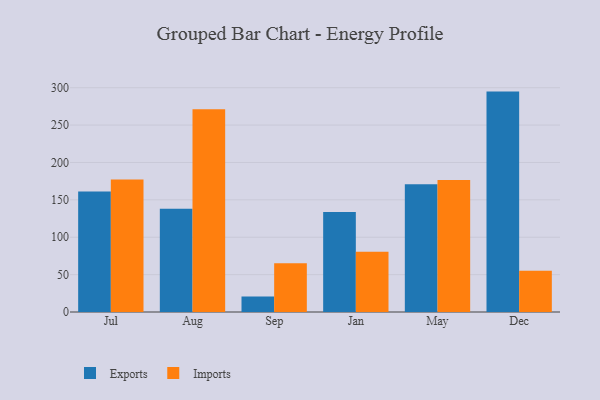
{"axis": {"x": "Month", "y": "Demand Index"}, "legend": ["Exports", "Imports"], "data": [{"x": "Jul", "y": 161.3, "type": "Exports"}, {"x": "Jul", "y": 177.3, "type": "Imports"}, {"x": "Aug", "y": 138.0, "type": "Exports"}, {"x": "Aug", "y": 271.1, "type": "Imports"}, {"x": "Sep", "y": 20.6, "type": "Exports"}, {"x": "Sep", "y": 65.3, "type": "Imports"}, {"x": "Jan", "y": 133.7, "type": "Exports"}, {"x": "Jan", "y": 80.6, "type": "Imports"}, {"x": "May", "y": 170.8, "type": "Exports"}, {"x": "May", "y": 176.4, "type": "Imports"}, {"x": "Dec", "y": 294.8, "type": "Exports"}, {"x": "Dec", "y": 55.1, "type": "Imports"}]}